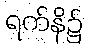
ရက်နိ၌